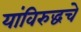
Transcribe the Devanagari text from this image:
यांविरुद्धचे